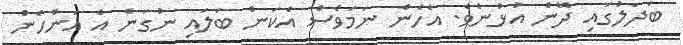
ބަދަލުގައި ދޭން އުޅުނެވެ. އެހެން ނަމަވެސް އެކަން ބަލައި ނުގަނެ އެ އަންހެން